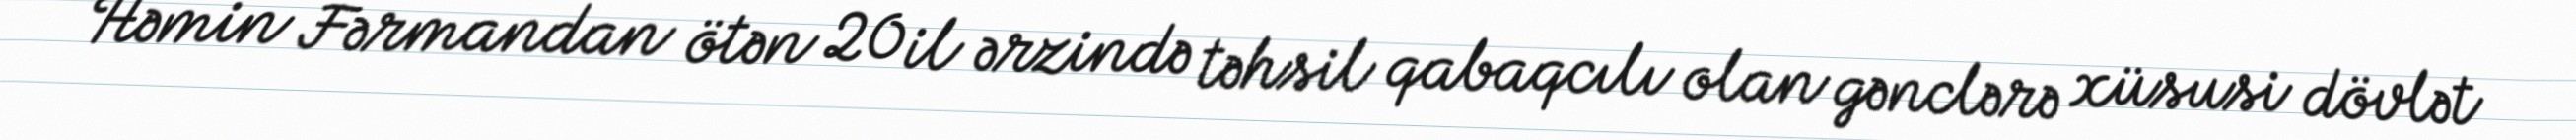
Həmin Fərmandan ötən 20 il ərzində təhsil qabaqcılı olan gənclərə xüsusi dövlət